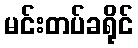
မင်းတပ်ခရိုင်